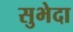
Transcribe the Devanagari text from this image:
सुभेदा